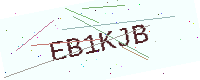
Text: EB1KJB